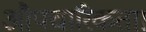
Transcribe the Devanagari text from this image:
औपचारिकता।